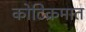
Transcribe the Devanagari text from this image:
कोटिक्रमात